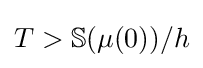
T>\mathbb {S} (\mu (0))/h